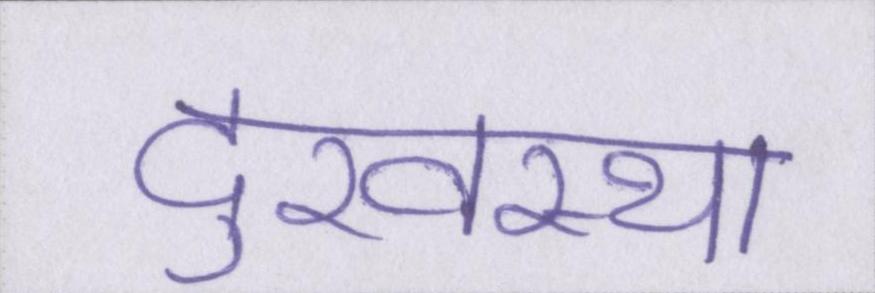
दुरवस्था